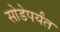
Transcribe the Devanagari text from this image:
सोडेपर्यंत